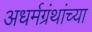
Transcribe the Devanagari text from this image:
अधर्मग्रंथांच्या